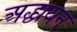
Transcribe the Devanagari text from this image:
अद्ध्ययन